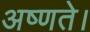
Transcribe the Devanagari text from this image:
अष्णते।